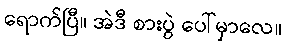
ရောက်ပြီ။ အဲဒီ စားပွဲ ပေါ်မှာလေ။